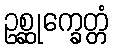
ဥစ္ဆုက္ခေတ္တံ